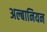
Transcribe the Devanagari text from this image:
अल्बानियन